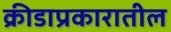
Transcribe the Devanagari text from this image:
क्रीडाप्रकारातील